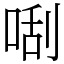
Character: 𠵯